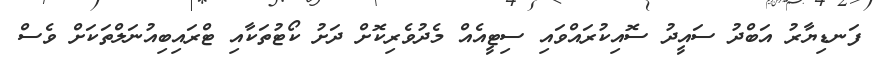
ފަނޑިޔާރު އަބްދު ސައީދު ސޮއިކުރައްވައި ސިޓީއެއް މެދުވެރިކޮށް ދަށު ކޯޓުތަކާއި ޓްރައިބިއުނަލްތަކަށް ވެސް